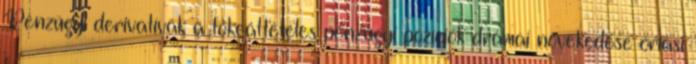
Pénzügyi derivatívák a tőkeáttételes pénzügyi pozíciók drámai növekedése óriási